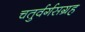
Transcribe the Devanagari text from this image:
चतुर्वर्गसग्रह